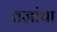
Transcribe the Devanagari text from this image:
तज्ञांचा